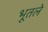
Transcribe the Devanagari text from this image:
भूतले